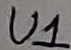
Text: U1